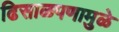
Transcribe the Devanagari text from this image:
ढिसाळपणामुळे